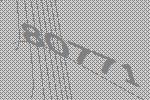
80771